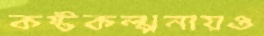
কষ্টকল্পনায়ও